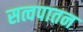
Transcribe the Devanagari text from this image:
सत्वपातन